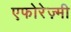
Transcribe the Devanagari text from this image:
एफोरेज़्मी